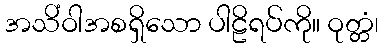
အသိံဝါအစရှိသော ပါဠိရပ်ကို။ ဝုတ္တံ၊